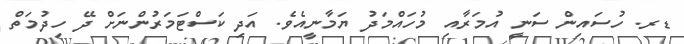
ޑރ. ހުސައިން ސަނީ އުމަރާއި މުހައްމަދު ޔަމާނީއެވެ. އަދި ކަސްޓަމަރުންނަށް ދޭ ހިދުމަތް